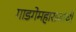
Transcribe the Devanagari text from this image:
गाडगेमहाराजांची